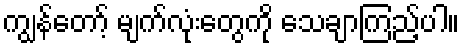
ကျွန်တော့် မျက်လုံးတွေကို သေချာကြည့်ပါ။